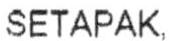
SETAPAK.